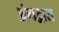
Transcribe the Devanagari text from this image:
अंगद्वारा